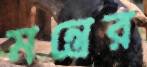
মন্ত্রের